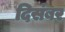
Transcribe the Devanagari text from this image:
दिसंबर